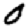
Digit: 0